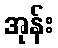
အုန်း